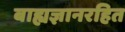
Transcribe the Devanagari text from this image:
बाह्यज्ञानरहित